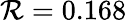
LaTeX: \mathcal{R}=0.168